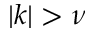
| k | > \nu